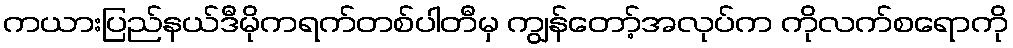
ကယားပြည်နယ်ဒီမိုကရက်တစ်ပါတီမှ ကျွန်တော့်အလုပ်က ကိုလက်စရောကို